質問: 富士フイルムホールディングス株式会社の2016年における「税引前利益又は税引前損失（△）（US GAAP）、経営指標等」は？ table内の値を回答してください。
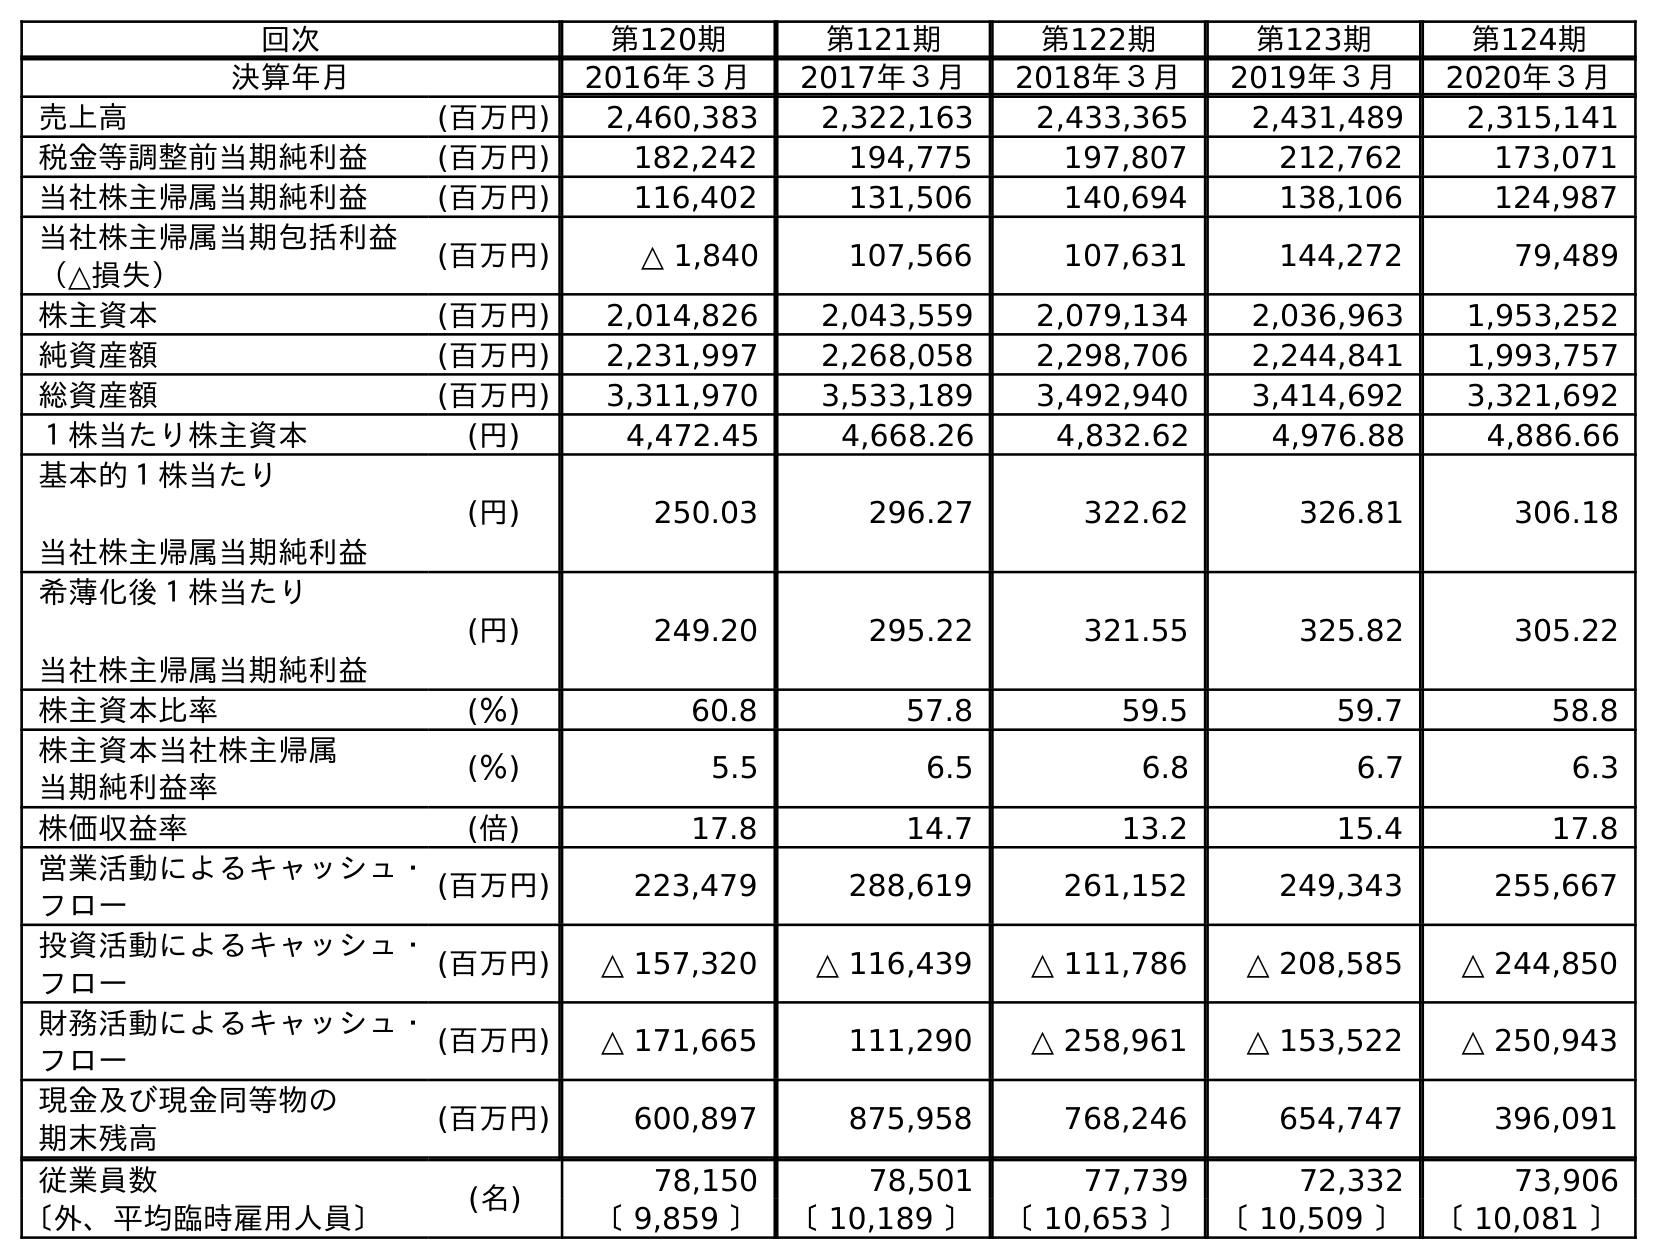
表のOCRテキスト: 回次 第120期 第121期 第122期 第123期 第124期 決算年月 2016年３月 2017年３月 2018年３月 2019年３月 2020年３月 売上高 (百万円) 2,460,383 2,322,163 2,433,365 2,431,489 2,315,141 税金等調整前当期純利益 (百万円) 182,242 194,775 197,807 212,762 173,071 当社株主帰属当期純利益 (百万円) 116,402 131,506 140,694 138,106 124,987 当社株主帰属当期包括利益 （△損失） (百万円) △ 1,840 107,566 107,631 144,272 79,489 株主資本 (百万円) 2,014,826 2,043,559 2,079,134 2,036,963 1,953,252 純資産額 (百万円) 2,231,997 2,268,058 2,298,706 2,244,841 1,993,757 総資産額 (百万円) 3,311,970 3,533,189 3,492,940 3,414,692 3,321,692 １株当たり株主資本 (円) 4,472.45 4,668.26 4,832.62 4,976.88 4,886.66 基本的１株当たり 当社株主帰属当期純利益 (円) 250.03 296.27 322.62 326.81 306.18 希薄化後１株当たり 当社株主帰属当期純利益 (円) 249.20 295.22 321.55 325.82 305.22 株主資本比率 (％) 60.8 57.8 59.5 59.7 58.8 株主資本当社株主帰属 当期純利益率 (％) 5.5 6.5 6.8 6.7 6.3 株価収益率 (倍) 17.8 14.7 13.2 15.4 17.8 営業活動によるキャッシュ・ フロー (百万円) 223,479 288,619 261,152 249,343 255,667 投資活動によるキャッシュ・ フロー (百万円) △ 157,320 △ 116,439 △ 111,786 △ 208,585 △ 244,850 財務活動によるキャッシュ・ フロー (百万円) △ 171,665 111,290 △ 258,961 △ 153,522 △ 250,943 現金及び現金同等物の 期末残高 (百万円) 600,897 875,958 768,246 654,747 396,091 従業員数 (名) 78,150 78,501 77,739 72,332 73,906 〔外、平均臨時雇用人員〕 〔 9,859 〕 〔 10,189 〕 〔 10,653 〕 〔 10,509 〕 〔 10,081 〕
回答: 182,242